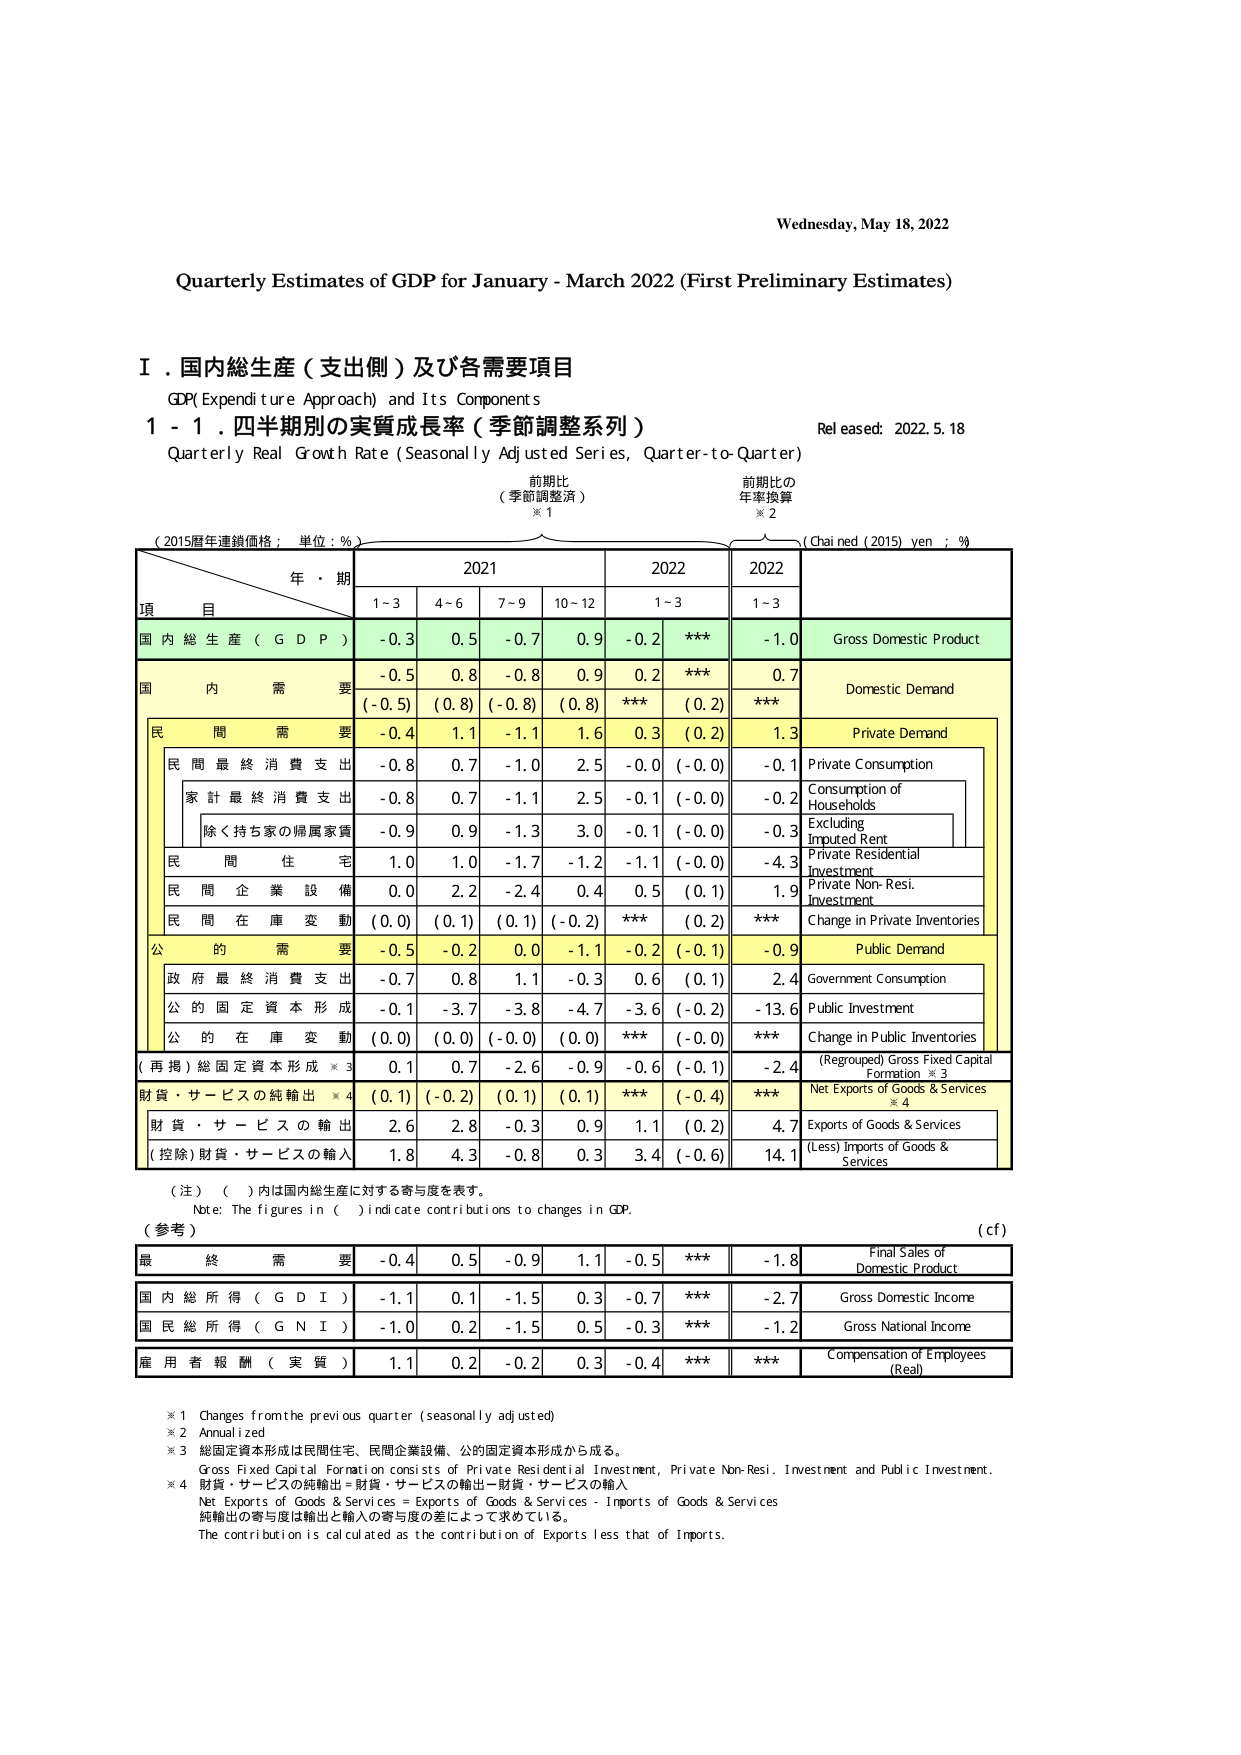
Wednesday, May 18, 2022

Quarterly Estimates of GDP for January - March 2022 (First Preliminary Estimates)

Ⅰ．国内総生産（支出側）及び各需要項目
GDP( Expenditure Approach) and Its Components

1 - 1．四半期別の実質成長率（季節調整系列）
Quarterly Real Growth Rate (Seasonally Adjusted Series, Quarter-to-Quarter)
Released: 2022.5.18

(2015暦年連鎖価格；単位：%)
年・期
前期比
（季節調整済）
※1
前期比の
年率換算
※2
(Chained (2015) yen ; %)

項 目
2021
2022
2022
1-3
4-6
7-9
10-12
1-3
1-3

国内総生産（GDP）
-0.3
0.5
-0.7
0.9
-0.2
***
-1.0
Gross Domestic Product

国内需要
-0.5
0.8
-0.8
0.9
0.2
***
0.7
Domestic Demand
(-0.5)
(0.8)
(-0.8)
(0.8)
***
(0.2)
***

民間需要
-0.4
1.1
-1.1
1.6
0.3
(0.2)
1.3
Private Demand

民間最終消費支出
-0.8
0.7
-1.0
2.5
-0.0
(-0.0)
-0.1
Private Consumption

家計最終消費支出
-0.8
0.7
-1.1
2.5
-0.1
(-0.0)
-0.2
Consumption of Households

除く持ち家の帰属家賃
-0.9
0.9
-1.3
3.0
-0.1
(-0.0)
-0.3
Excluding Imputed Rent

民間住宅
1.0
1.0
-1.7
-1.2
-1.1
(-0.0)
-4.3
Private Residential Investment

民間企業設備
0.0
2.2
-2.4
0.4
0.5
(0.1)
1.9
Private Non-Resi. Investment

民間在庫変動
(0.0)
(0.1)
(0.1)
(-0.2)
***
(0.2)
***
Change in Private Inventories

公的需要
-0.5
-0.2
0.0
-1.1
-0.2
(-0.1)
-0.9
Public Demand

政府最終消費支出
-0.7
0.8
1.1
-0.3
0.6
(0.1)
2.4
Government Consumption

公的固定資本形成
-0.1
-3.7
-3.8
-4.7
-3.6
(-0.2)
-13.6
Public Investment

公的在庫変動
(0.0)
(0.0)
(-0.0)
(0.0)
***
(-0.0)
***
Change in Public Inventories

(再掲)総固定資本形成※3
0.1
0.7
-2.6
-0.9
-0.6
(-0.1)
-2.4
(Regrouped) Gross Fixed Capital Formation ※3

財貨・サービスの純輸出※4
(0.1)
(-0.2)
(0.1)
(0.1)
***
(-0.4)
***
Net Exports of Goods & Services ※4

財貨・サービスの輸出
2.6
2.8
-0.3
0.9
1.1
(0.2)
4.7
Exports of Goods & Services

(控除)財貨・サービスの輸入
1.8
4.3
-0.8
0.3
3.4
(-0.6)
14.1
(Less) Imports of Goods & Services

（注）（ ）内は国内総生産に対する寄与度を表す。
Note: The figures in ( ) indicate contributions to changes in GDP.

（参考）
(c f)

最終需要
-0.4
0.5
-0.9
1.1
-0.5
***
-1.8
Final Sales of Domestic Product

国内総所得（GDI）
-1.1
0.1
-1.5
0.3
-0.7
***
-2.7
Gross Domestic Income

国民総所得（GNI）
-1.0
0.2
-1.5
0.5
-0.3
***
-1.2
Gross National Income

雇用者報酬（実質）
1.1
0.2
-0.2
0.3
-0.4
***
***
Compensation of Employees (Real)

※1 Changes from the previous quarter (seasonally adjusted)
※2 Annualized
※3 総固定資本形成は民間住宅、民間企業設備、公的固定資本形成から成る。
Gross Fixed Capital Formation consists of Private Residential Investment, Private Non-Resi. Investment and Public Investment.
※4 財貨・サービスの純輸出＝財貨・サービスの輸出－財貨・サービスの輸入
Net Exports of Goods & Services = Exports of Goods & Services - Imports of Goods & Services
純輸出の寄与度は輸出と輸入の寄与度の差によって求めている。
The contribution is calculated as the contribution of Exports less that of Imports.